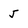
Character: 5